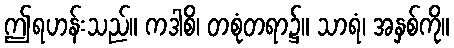
ဤရဟန်းသည်။ ကဒါစိ၊ တစုံတရာ၌။ သာရံ၊ အနှစ်ကို။